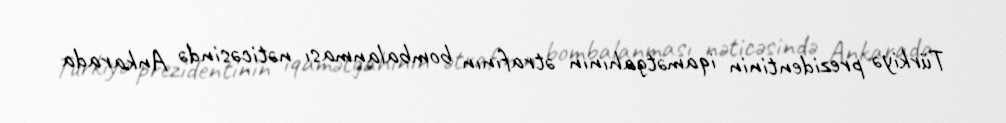
Türkiyə prezidentinin iqamətgahının ətrafının bombalanması nəticəsində Ankarada